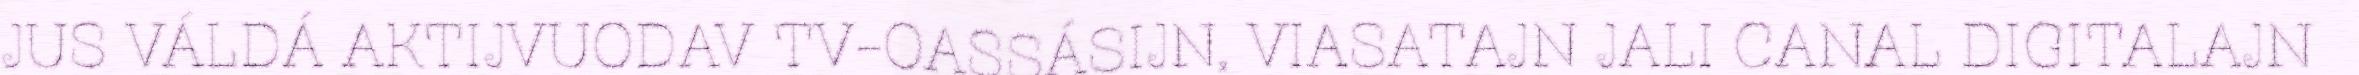
JUS VÁLDÁ AKTIJVUODAV TV-OASSÁSIJN, VIASATAJN JALI CANAL DIGITALAJN